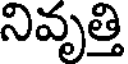
నివృత్తి